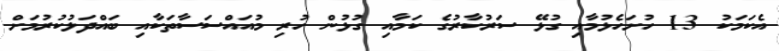
އެކަމަކު 13 ހުށަހެޅުމާއި ގުޅޭ ސަރުކާރުގެ ކަމާއި ގުޅުން ހުރި މުއައްސަސާތަކާއި ބައްދަލުކުރުމަށް